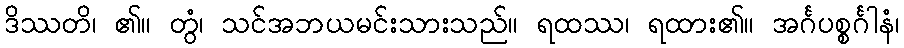
ဒိဿတိ၊ ၏။ တွံ၊ သင်အဘယမင်းသားသည်။ ရထဿ၊ ရထား၏။ အင်္ဂပစ္စင်္ဂါနံ၊